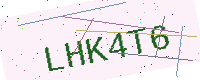
Text: LHK4T6